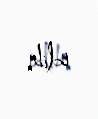
edib.